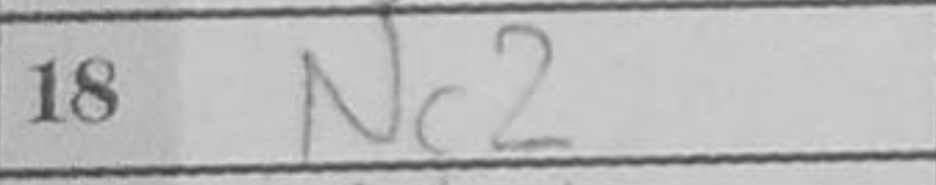
Transcription: Nc2